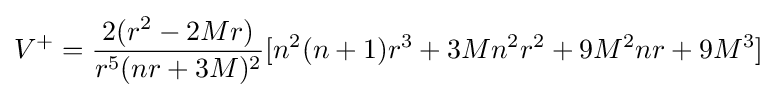
V^{+}={\frac {2(r^{2}-2Mr)}{r^{5}(nr+3M)^{2}}}[n^{2}(n+1)r^{3}+3Mn^{2}r^{2}+9M^{2}nr+9M^{3}]